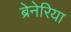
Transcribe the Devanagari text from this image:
ब्रेनेरिया